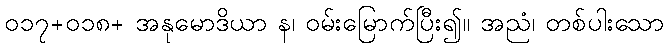
၀၁၇+၀၁၈+ အနုမောဒိယာ န၊ ဝမ်းမြောက်ပြီး၍။ အညံ၊ တစ်ပါးသော